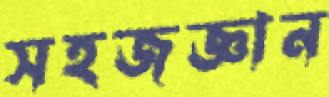
সহজজ্ঞান